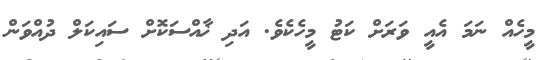
މީހެއް ނަމަ އެއީ ވަރަށް ކަޓު މީހެކެވެ. އަދި ޚާއްސަކޮށް ސައިކަލް ދުއްވަން